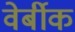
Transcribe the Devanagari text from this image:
वेर्बीक